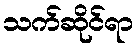
သက်ဆိုင်ရာ